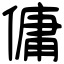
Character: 傭